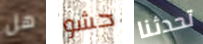
هل حشو تحدثنا